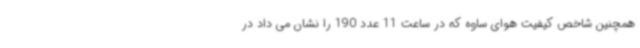
همچنین شاخص کیفیت هوای ساوه که در ساعت 11 عدد 190 را نشان می داد در